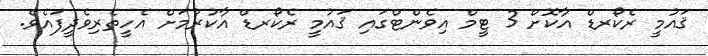
ޤައުމީ ރެކޯރޑް އާކޮށް 3 ޓީމް އިވެންޓްގައި ޤައުމީ ރެކޯރޑް އާކުރުމަށް އެހީތެރިވެދީފައެވެ.